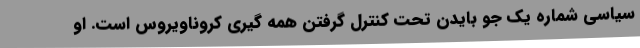
سیاسی شماره یک جو بایدن تحت کنترل گرفتن همه گیری کروناویروس است. او